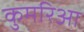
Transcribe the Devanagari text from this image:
कुमरिआ